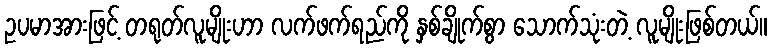
ဥပမာအားဖြင့် တရုတ်လူမျိုးဟာ လက်ဖက်ရည်ကို နှစ်ချိုက်စွာ သောက်သုံးတဲ့ လူမျိုးဖြစ်တယ်။